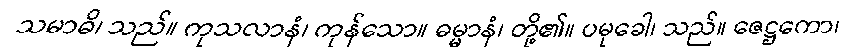
သမာဓိ၊ သည်။ ကုသလာနံ၊ ကုန်သော။ ဓမ္မာနံ၊ တို့၏။ ပမုခေါ၊ သည်။ ဇေဋ္ဌကော၊